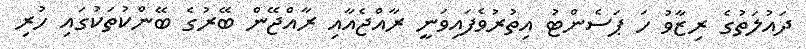
ދައުލަތުގެ ރިޒާވު ހަ ޕަސެންޓު އިތުރުވެފައިވަނީ ރާއްޖެއާއި ރާއްޖޭން ބޭރުގެ ބޭންކުތަކުގައި ހުރި